Punjab Mental Hospital Lahore 1922-31 - 1922-1931
Year: 1922
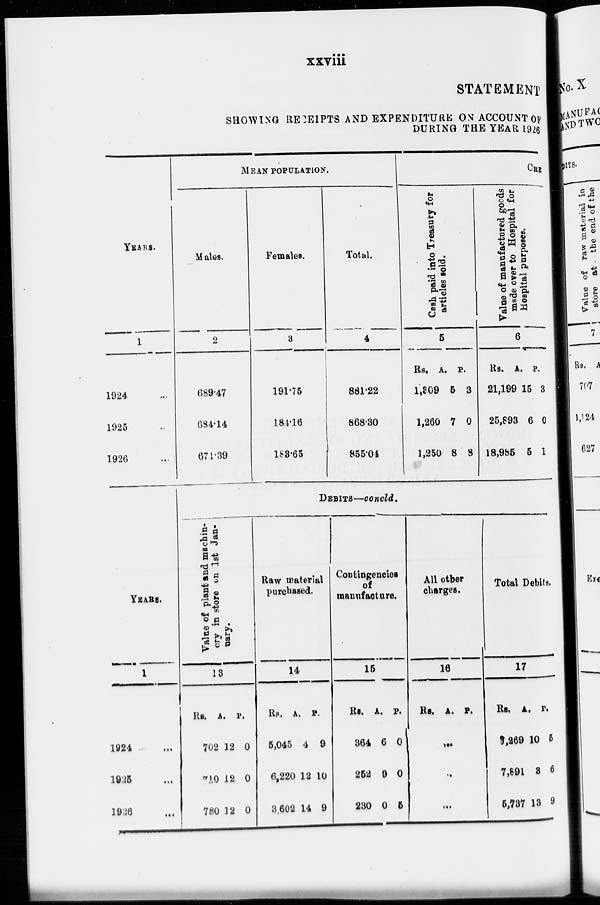
xxviii
STATEMENT
SHOWING RECEIPTS AND EXPENDITURE ON ACCOUNT OF
DURING THE YEAR 1926
YEARS.
1
1924 ...
1925 ...
1926 ...
MEAN POPULATION.
Males.
2
689.47
684.14
671.39
Females.
3
191.75
184.16
183.65
Total.
4
881.22
868.30
855.04
CRE
Cash paid into Treasury for
articles sold.
5
Rs.
1,309
1,260
1,250
A.
5
7
8
P.
3
0
8
Value of manufactured goods
made over to Hospital for
Hospital purposes.
6
Rs.
21,199
25,893
18,985
A.
15
6
5
P.
3
0
1
YEARS.
1
1924 ...
1925 ...
1926 ...
DEBITS—concld.
Value of plant and machin-
ery in store on 1st Jan-
uary.
13
Rs.
702
710
780
A.
12
12
12
P.
0
0
0
Raw material
purchased.
14
Rs.
5,045
6,220
3,602
A.
4
12
14
P.
9
10
9
Contingencies
of
manufacture.
15
Rs.
364
252
230
A.
6
9
0
P.
0
0
5
All other
charges.
16
Rs. A. P.
...
...
...
Total Debits.
17
Rs.
7,269
7,891
5,737
A.
10
3
13
P.
5
6
9